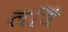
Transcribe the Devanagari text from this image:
लविं